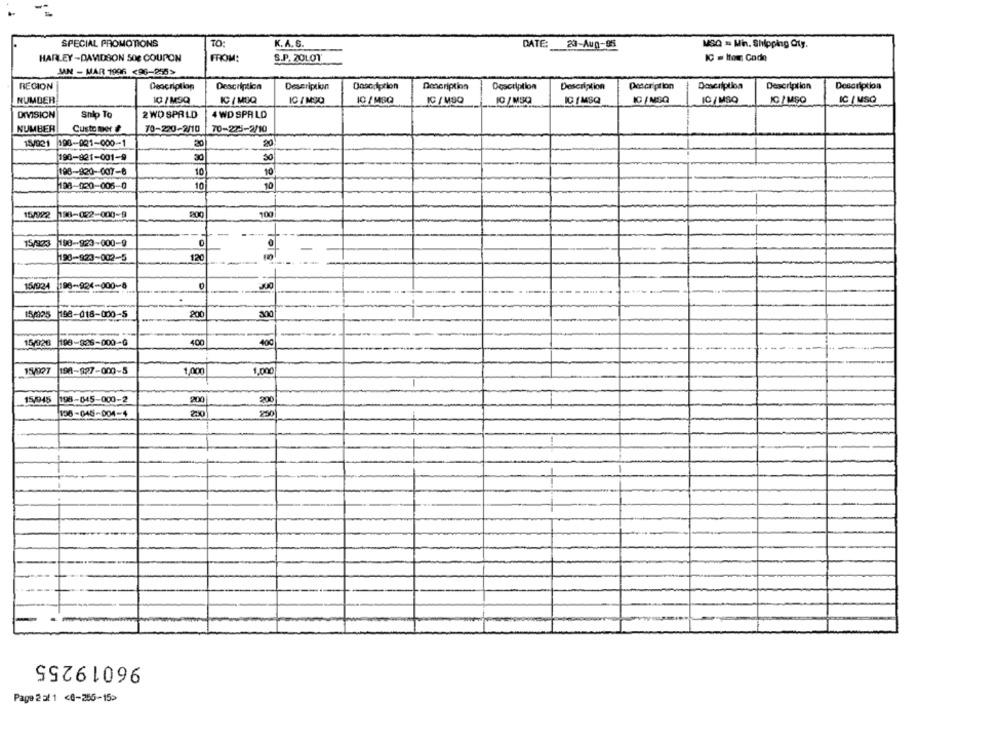
SPECIAL PROMOTIONS
TO:
K. A. S.
DATE: 23-Aug-95
MSQ = Min. Shipping Qty.
HARLEY-DAVIDSON SOE COUPON
FROM:
S.P. ZOLOT
IC = Itour Cade
MAN - MAR 1996 <96-255>
REGION
Description
Description
Description
Description
Description
Description
Description
Description
Description
Description
NUMBER
10 / M3Q
IC / MIQ
IC / MSQ
10 / MSQ
IC / MSQ
10 / MSQ
IC I MSQ
IC /NSQ
IC / MSO
IC / MSQ
DIVISION
Ship To
2 WD SPALD
4 WD SPALD
NUMBER
Custo met &
70-220-2/10
70-225-2/10
15/021 198-921-000-1
20
198-921-001-9
30
50
198-820-007-8
10
10
108-120-005-0
10
10
15/992 198-022-000-
15/9233
198-923-000-9
190-923-002-5
120
15/924
198-924-000-8
18/325 198-018-000-5
15/028
198-8:26-000-G
400
400
15/927
198-927-000-5
,000
15/045 198-045-000-2
200
20
130-045-004-4
230
96019255
Page 2 al 1 <0-255-15>